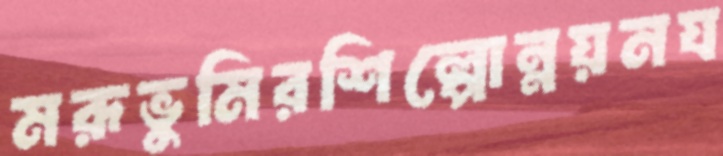
মরূভুমিরশিল্পোন্নয়নয